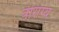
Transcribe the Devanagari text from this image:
वीराग्य